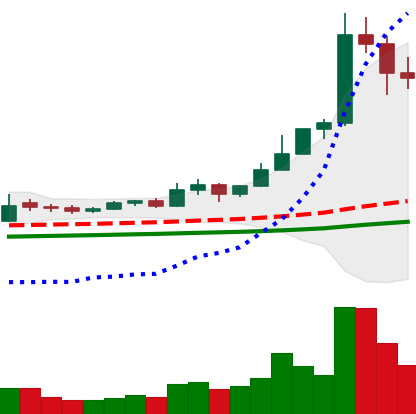
Ticker: ETC-USD
Chart end date: 2021-02-16
Forward return: 9.119%
Label: up_7plus